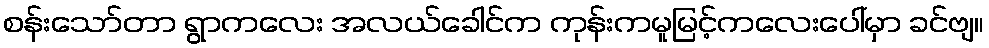
စန်းသော်တာ ရွာကလေး အလယ်ခေါင်က ကုန်းကမူမြင့်ကလေးပေါ်မှာ ခင်ဗျ။